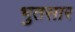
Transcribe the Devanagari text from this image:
भुतसार